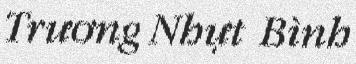
Trương Nhựt Bình